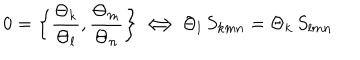
LaTeX: 0 = \left\{ { \frac { \Theta _ { k } } { \Theta _ { l } } } , { \frac { \Theta _ { m } } { \Theta _ { n } } } \right\} \Longleftrightarrow \Theta _ { l } \, S _ { k m n } = \Theta _ { k } \, S _ { l m n }